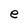
Character: e